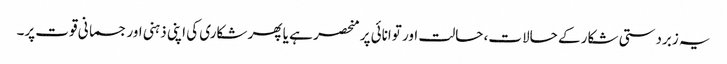
یہ زبردستی شکار کے حالات، حالت اور توانائی پر منحصر ہے یا پھر شکاری کی اپنی ذہنی اور جسمانی قوت پر۔